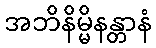
အဘိနိမ္မိနန္တာနံ